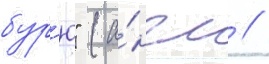
бур'ю" (а́нгл //